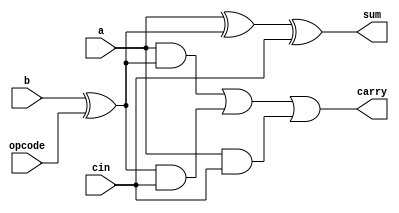
// `timescale 1ns / 1ps
module adder_1_bit(a, b, cin, opcode, sum, carry);
	 
	input a, b, cin;
	input opcode;
	
	output sum; 
	wire sum;
    output carry;
    wire carry;


    wire B;
    assign  B = b^opcode;

    assign sum = a ^ B ^ cin;
    assign carry = ( a & B) | (B & cin)| (a & cin);


endmodule


module adder_8_bit( a,b,sum,opcode,overflow,cout);
  output  [7:0] sum ;
  wire signed [7:0] sum;

  output  overflow ;
  wire overflow;

  output  cout;
  wire cout;


  input    [7:0] a ;
  input    [7:0] b ;
  input opcode; 

wire [6:0] carry;

	adder_1_bit bit0 (.a(a[0]), .b(b[0]), .cin(opcode), .opcode(opcode), .sum(sum[0]), .carry(carry[0]));
	adder_1_bit bit1 (.a(a[1]), .b(b[1]), .cin(carry[0]), .opcode(opcode), .sum(sum[1]), .carry(carry[1]));
	adder_1_bit bit2 (.a(a[2]), .b(b[2]), .cin(carry[1]), .opcode(opcode), .sum(sum[2]), .carry(carry[2]));
	adder_1_bit bit3 (.a(a[3]), .b(b[3]), .cin(carry[2]), .opcode(opcode), .sum(sum[3]), .carry(carry[3]));
	adder_1_bit bit4 (.a(a[4]), .b(b[4]), .cin(carry[3]), .opcode(opcode), .sum(sum[4]), .carry(carry[4]));
	adder_1_bit bit5 (.a(a[5]), .b(b[5]), .cin(carry[4]), .opcode(opcode), .sum(sum[5]), .carry(carry[5]));
	adder_1_bit bit6 (.a(a[6]), .b(b[6]), .cin(carry[5]), .opcode(opcode), .sum(sum[6]), .carry(carry[6]));
	adder_1_bit bit7 (.a(a[7]), .b(b[7]), .cin(carry[6]), .opcode(opcode), .sum(sum[7]), .carry(cout));


assign overflow=  (carry[6]^cout);

	
endmodule


module grid_play (clk,direc,step,x_out,y_out);

input [1:0] direc;// 0=north;1=east;2=south;3=west;
input [1:0] step; // number of steps
input clk;
wire [7:0] step1;
output reg [4:0] x_out;
output reg [4:0] y_out;

reg [4:0] x_curr;
reg [4:0] y_curr;
wire signed [7:0] temp;
reg opcode;
reg [7:0] now;

wire overflow,cout1;

initial begin
  x_curr = 0;
  y_curr = 0;
  x_out = 0;
  y_out = 0;
end
assign step1=step;

adder_8_bit y( .a(now),.b(step1),.opcode(opcode),.sum(temp),.overflow(overflow),.cout(cout1) );
// adder_8_bit x( .a(x_curr),.b(step),.opcode(opcode),.sum(temp),.overflow(overflow),.cout(cout1) );

always @ (posedge clk ) begin
    if (direc == 0) begin  //north
    //  min Y_n (.x(y_curr),.step(step),.min(y_out));
        opcode=0;
        now=x_curr;
        #1
        // temp = (x_curr+step);
        // $display("x_curr=%d, step=%dtemp = %d",x_curr,step,temp);
        $display(" >>>>>>------EAST-------->>>>>>>>> no of Steps : %d",step);
        if (temp<15)
          begin
          x_out = temp;
          x_curr = x_out;
          end
        else
          begin
          x_out =15;
          x_curr = x_out;
          end
    end
    else if (direc == 1) begin
      //min X_e (.x(x_curr),.step(step),.min(x_out));
      // temp = (y_curr+step);
        opcode=0;
        now=y_curr;
        #1
      $display(" ^^^^^^^------NORTH--------^^^^^^  no of Steps : %d",step);

      // $display("y_curr=%d, step=%dtemp = %d",y_curr,step,temp);
      if (temp<15)
        begin
        y_out = temp;
        y_curr = y_out;
        // $display("came here");
        end
      else
        begin
        y_out = 15;
        y_curr = y_out;
        end
    end
    else if (direc == 2) begin
      //max Y_s (.x(y_curr),.step(step),.max(y_out));
        opcode=1;
        now=x_curr;
        #1
          $display(" <<<<<<<<<<<------WEST-------<<<<<<<<<< no of Steps : %d",step);

      // temp = (x_curr-step);
            // $display("x_curr=%d, step=%dtemp = %d",x_curr,step,temp);

      if (temp>0)
        begin
        x_out = temp;
        x_curr = x_out;
        end
      else
        begin
        x_out = 0;
        x_curr = x_out;
        end
     end
    else if (direc == 3) begin
      //max X_w (.x(x_curr),.step(step),.max(x_out));
      // temp = (y_curr-step);
        opcode=1;
        now=y_curr;
        #1
            // $display("y_curr=%d, step=%dtemp = %d",y_curr,step,temp);
        $display(" *******-------SOUTH-------********** no of Steps : %d",step);

      if (temp>0)
        begin
        // $display("was here");
        y_out = temp;
        y_curr = y_out;
        end
      else
        begin
        y_out =0;
        y_curr = y_out;
        end
    end
end
endmodule